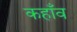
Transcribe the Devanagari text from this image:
कहाँव